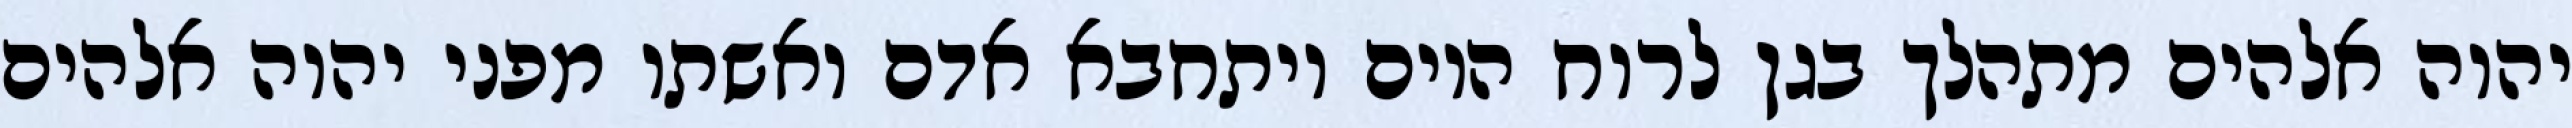
יהוה אלהים מתהלך בגן לרוח היום ויתחבא אדם ואשתו מפני יהוה אלהים